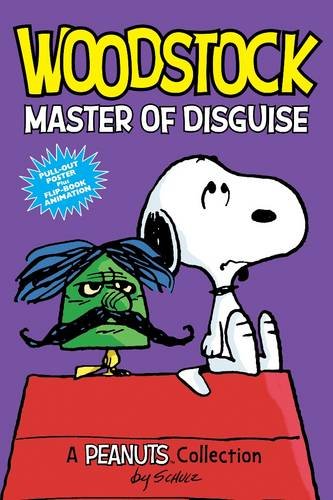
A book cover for Woodstock: Master of Disguise: A Peanuts Collection; Charles M. Schulz; Children's Books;